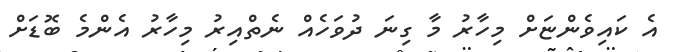
އެ ކައިވެންޏަށް މިހާރު މާ ގިނަ ދުވަހެއް ނެތްއިރު މިހާރު އެންމެ ބޮޑަށް